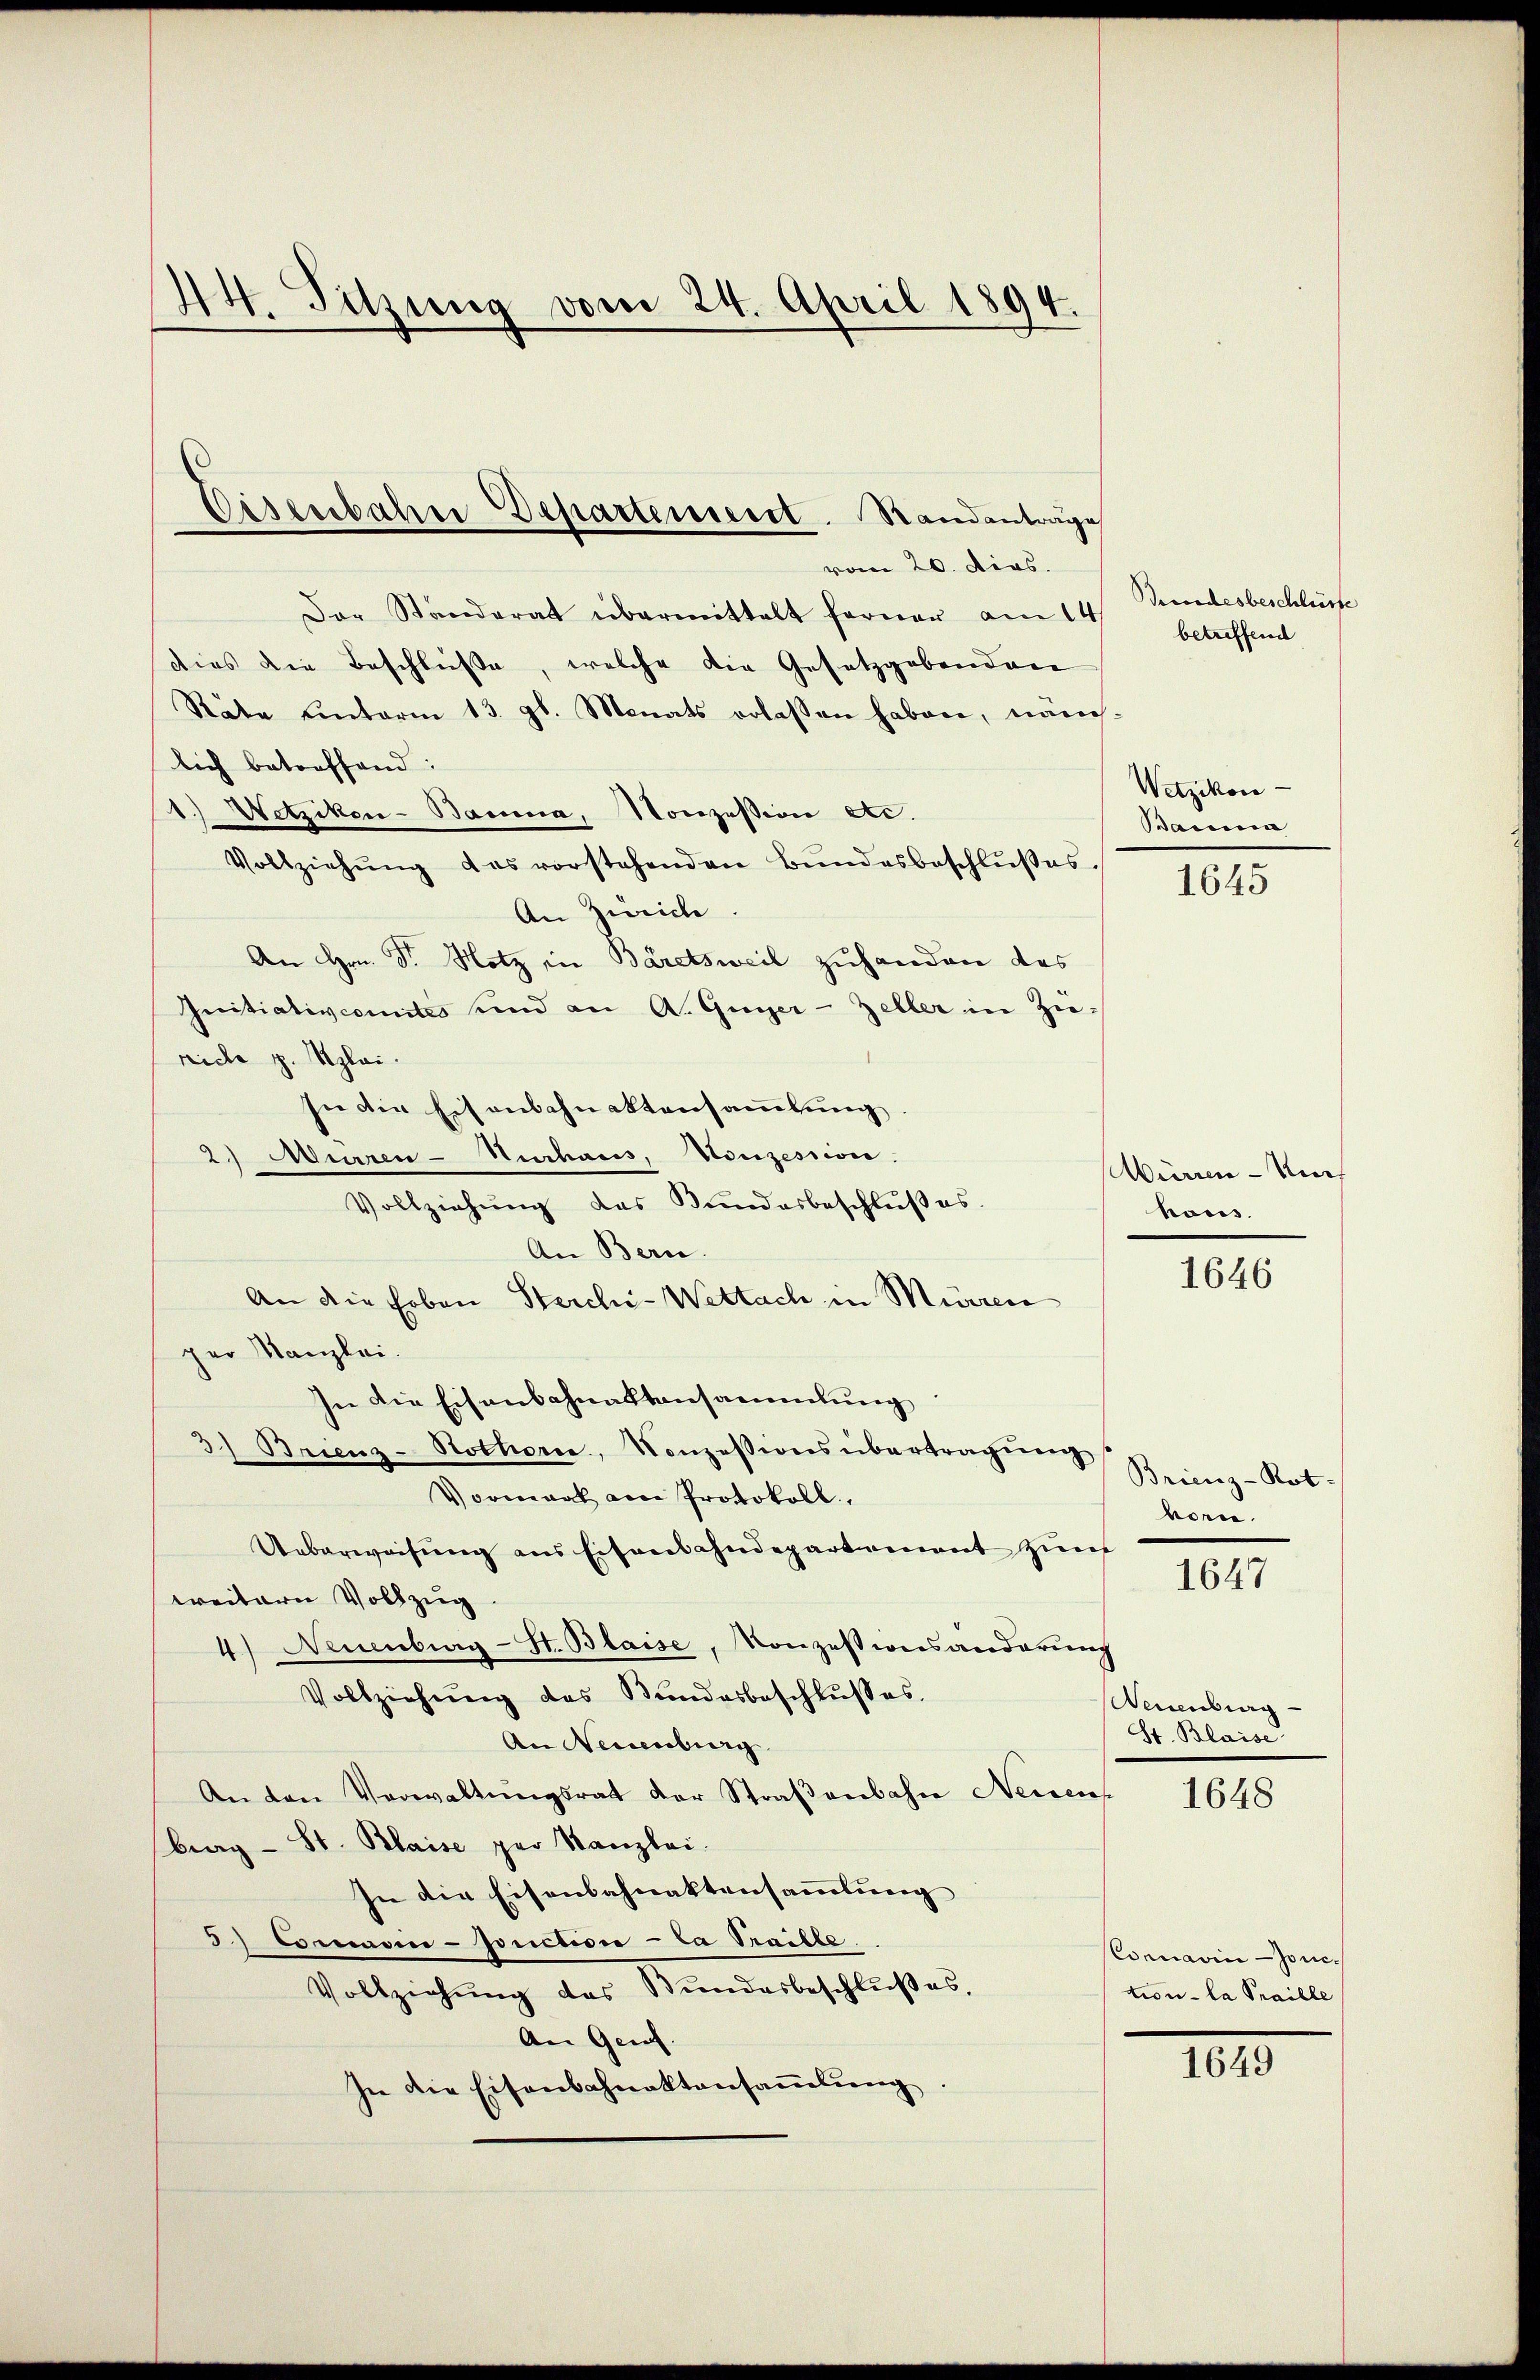
44. Sitzung vom 24. April 1894.

Cisenbahre Departeiseist. Standantrage
vom 20. dies.

Der Standerat übermittelt ferner am 14.
dies die Beschlüße, welche die Gesetzgebendan
Räte unterm 13. gl. Monats erlassen haben, näm-
lich betreffend:
1.) Netzikon-Bauma, Nonzession etc.
Vollziehŭng des vorstehenden Bŭndesbeschlŭβes
An Zürich
An Hrn. S. Hotz in Bäretsweil zuhanden das
Initiativcomites und an A. Guger-Zeller in Zu-
reiche z. Alai.
sie die Eisenbahnaktensammlung.
2.) Murren-Nuhaus, Vonzession.
Vollziehŭng das Bundesbeschlußes.
An Bern.
An die Erben Sterchi- Wettach in Mürren
per Kanzlei.
In die Eisenbahnaktansammlung
3) Brenz-Hothorn, Konzessions übertragŭng
Vormark am Protokoll,
Ueberweisung aus Eisenbahndepartement zur
weitern Vollzug.
4.) Neuenburg-St. Blaise, Konzessionsanderung
Vollziehŭng des Bŭndesbeschlŭsses.
An Neuenburg
An den Verwaltŭngsrat der Straβenbahn Neuen
brag- St. Blaise per Kanzlei.
In die Eisenbahnaktensammlung
3) Common-Jonction - Ca Traille
Vollziehung des Bundesbeschlußes.
An Genf.
In die Eisenbahnaktansaṁlŭng.

Bendesbeschlüsse
betreffend

Wetzikon-
Bauma

1645

Würren - Muh
haus.

1646

Brienz-Not.
vor.

1647

Neuenburg
St. Blaise

1648

Comnavinjonction - la Praille

1649